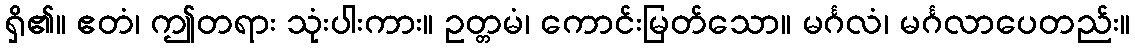
ရှိ၏။ ဧတံ၊ ဤတရား သုံးပါးကား။ ဥတ္တမံ၊ ကောင်းမြတ်သော။ မင်္ဂလံ၊ မင်္ဂလာပေတည်း။